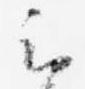
云